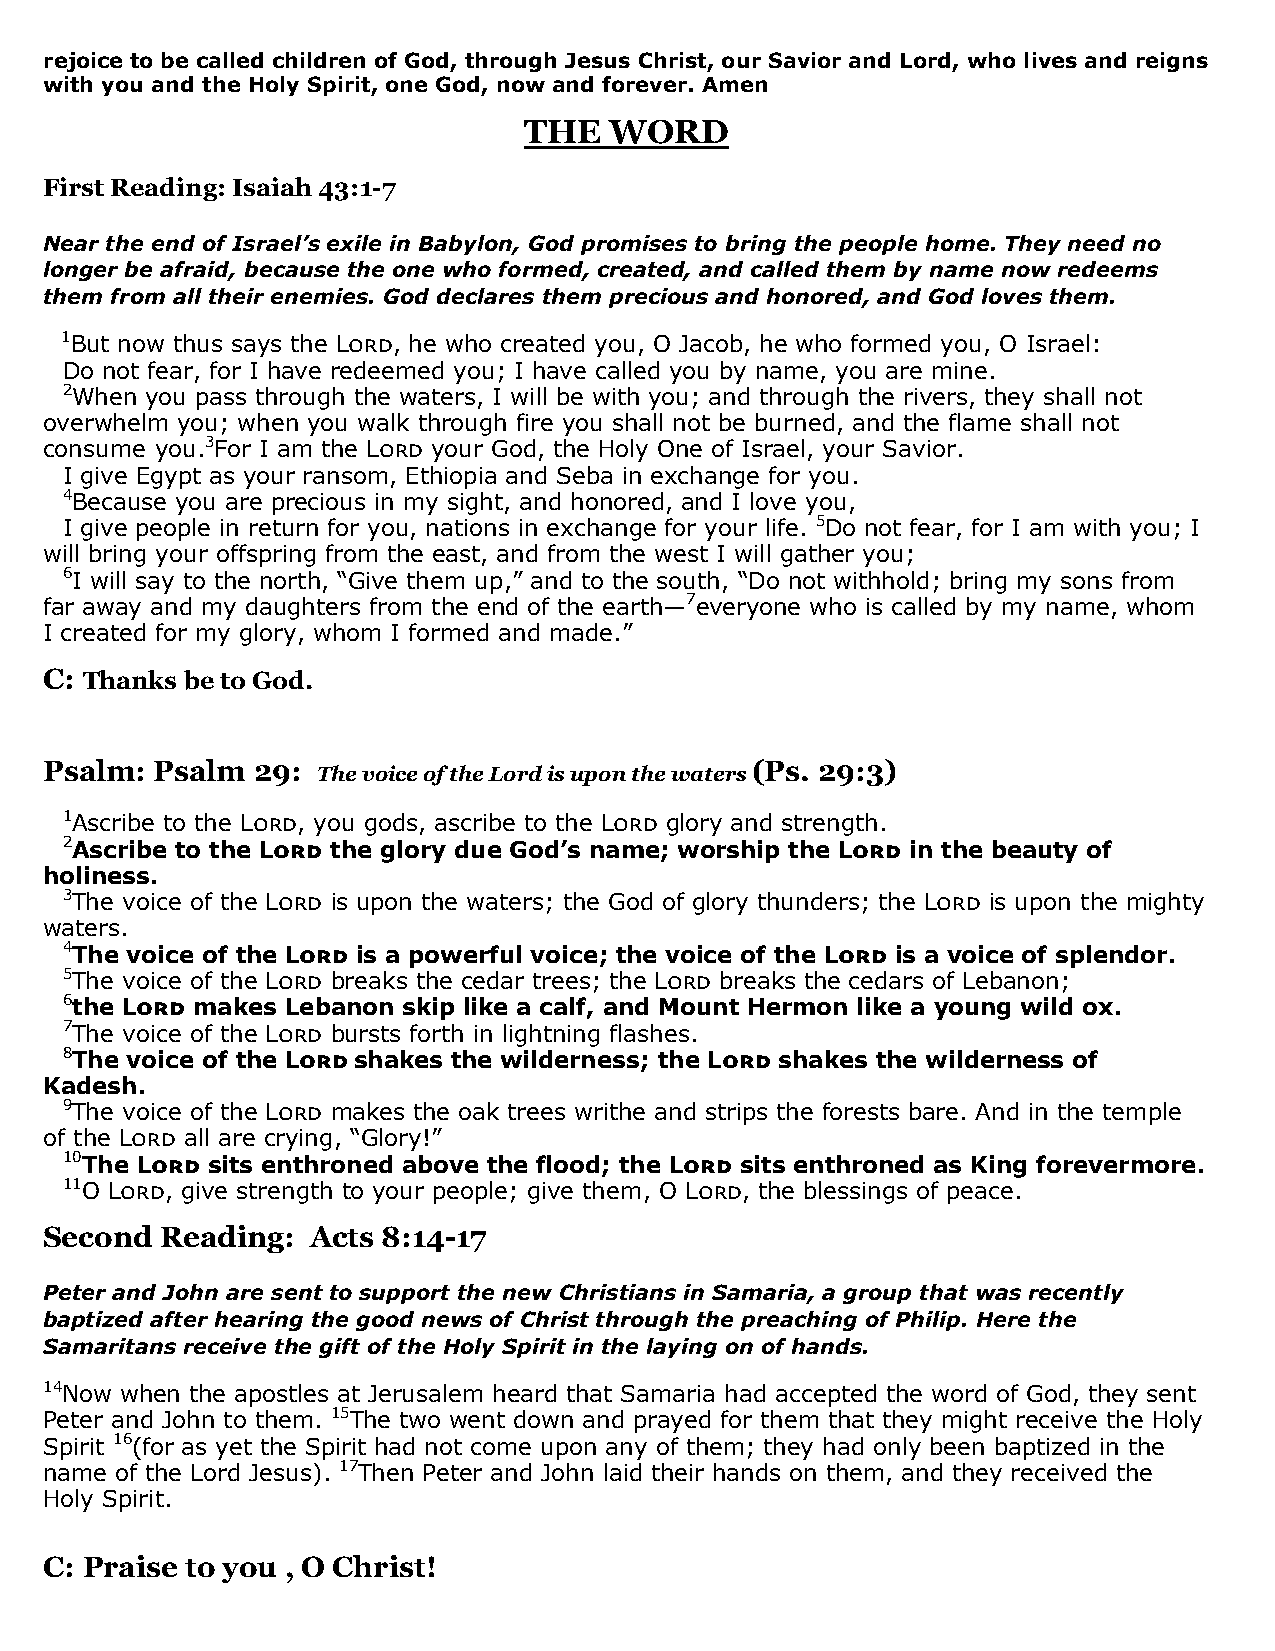
rejoice to be called children of God, through Jesus Christ, our Savior and Lord, who lives and reigns
 with you and the Holy Spirit, one God, now and forever. Amen
 THE  WORD
 First Reading: Isaiah 43:1-7
 Near the end of Israel’s exile in Babylon, God promises to bring the people home. They need no
 longer be afraid, because the one who formed, created, and called them by name now redeems
 them from all their enemies. God declares them precious and honored, and God loves them.
 1But now thus says the Lord, he who created you, O Jacob, he who formed you, O Israel:
 Do not fear, for I have redeemed you; I have called you by name, you are mine.
 2When you pass through the waters, I will be with you; and through the rivers, they shall not
 overwhelm you; when you walk through fire you shall not be burned, and the flame shall not
 consume you.3For I am the Lord your God, the Holy One of Israel, your Savior.
 I give Egypt as your ransom, Ethiopia and Seba in exchange for you.
 4Because you are precious in my sight, and honored, and I love you,
 I give people in return for you, nations in exchange for your life. 5Do not fear, for I am with you; I
 will bring your offspring from the east, and from the west I will gather you;
 6I will say to the north, “Give them up,” and to the south, “Do not withhold; bring my sons from
 far away and my daughters from the end of the earth—7everyone who is called by my name, whom
 I created for my glory, whom I formed and made.”
 C: Thanks be to God.
 Psalm: Psalm  29:                              (Ps. 29:3)
 The voice of the Lord is upon the waters
 1Ascribe to the Lord, you gods, ascribe to the Lord glory and strength.
 2Ascribe to the Lord the glory due God’s name; worship the Lord in the beauty of
 holiness.
 3The voice of the Lord is upon the waters; the God of glory thunders; the Lord is upon the mighty
 waters.
 4The voice of the Lord is a powerful voice; the voice of the Lord is a voice of splendor.
 5The voice of the Lord breaks the cedar trees; the Lord breaks the cedars of Lebanon;
 6the Lord makes Lebanon skip like a calf, and Mount Hermon like a young wild ox.
 7The voice of the Lord bursts forth in lightning flashes.
 8The voice of the Lord shakes the wilderness; the Lord shakes the wilderness of
 Kadesh.
 9The voice of the Lord makes the oak trees writhe and strips the forests bare. And in the temple
 of the Lord all are crying, “Glory!”
 10The Lord sits enthroned above the flood; the Lord sits enthroned as King forevermore.
 11O Lord, give strength to your people; give them, O Lord, the blessings of peace.
 Second  Reading:  Acts 8:14-17
 Peter and John are sent to support the new Christians in Samaria, a group that was recently
 baptized after hearing the good news of Christ through the preaching of Philip. Here the
 Samaritans receive the gift of the Holy Spirit in the laying on of hands.
 14Now when the apostles at Jerusalem heard that Samaria had accepted the word of God, they sent
 Peter and John to them. 15The two went down and prayed for them that they might receive the Holy
 Spirit 16(for as yet the Spirit had not come upon any of them; they had only been baptized in the
 name of the Lord Jesus). 17Then Peter and John laid their hands on them, and they received the
 Holy Spirit.
 C: Praise to you , O Christ!